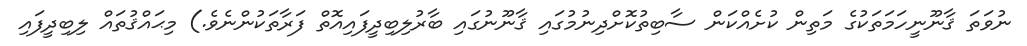
ނުވަތަ ޤާނޫނީހަމަތަކުގެ މަތިން ކުށެއްކަން ސާބިތުކޮށްދިނުމުގައި ޤާނޫނުގައި ބާރުލިބިދީފައިއޮތް ފަރާތަކުންނެވެ.) މިޙައްޤުތައް ލިބިދީފައި